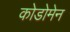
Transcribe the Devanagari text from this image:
कोडोमेन